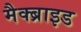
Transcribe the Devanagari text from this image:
मैक्ब्राइड